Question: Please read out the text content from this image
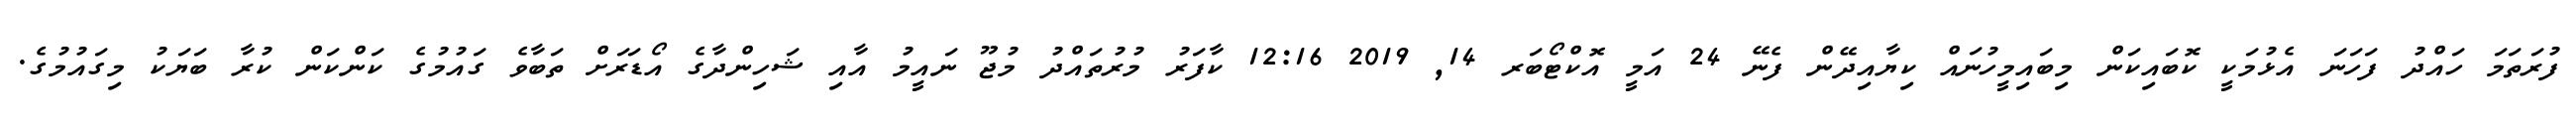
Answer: ފުރަތަމަ ހައްދު ފަހަނަ އެޅުމަކީ ކޮބައިކަން މިބައިމީހުނައް ކިޔާއިދޭން ފެނޭ 24 އަމީ އޮކްޓޯބަރ 14, 2019 12:16 ކާފަރު މުރުތައްދު މުޖޫ ނައީމު އާއި ޝަހިންދާގެ އޯޑަރަށް ތަބާވެ ގައުމުގެ ކަންކަން ކުރާ ބަޔަކު މިގައުމުގެ.